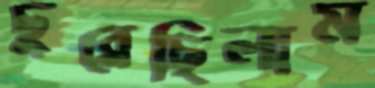
ছুব্‌লেছিলাম